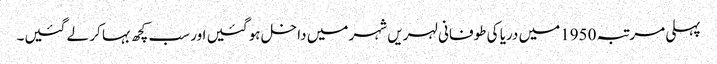
پہلی مرتبہ 1950میں دریا کی طوفانی لہریں شہر میں داخل ہو گئیں اور سب کچھ بہا کر لے گئیں۔